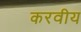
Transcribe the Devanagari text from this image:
करवीय